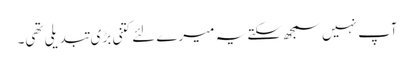
آپ نہیں سمجھ سکتے یہ میرے لئے کتنی بڑی تبدیلی تھی۔